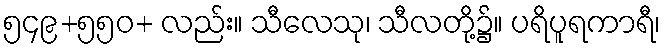
၅၄၉+၅၅၀+ လည်း။ သီလေသု၊ သီလတို့၌။ ပရိပူရကာရီ၊